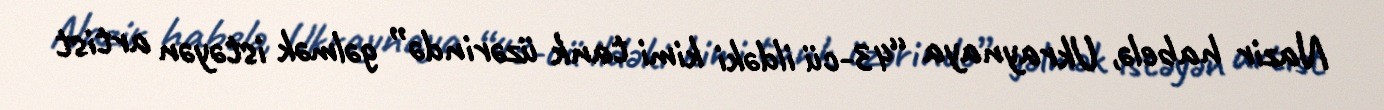
Nazir habelə, Ukraynaya “43-cü ildəki kimi tank üzərində” gəlmək istəyən artist